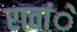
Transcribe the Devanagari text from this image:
रातांे